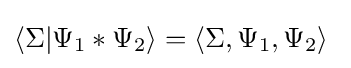
\langle \Sigma |\Psi _{1}*\Psi _{2}\rangle =\langle \Sigma ,\Psi _{1},\Psi _{2}\rangle \